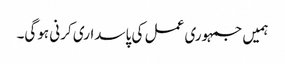
ہمیں جمہوری عمل کی پاسداری کرنی ہوگی۔